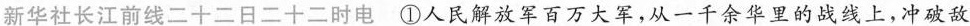
新华社长江前线二十二日二十二时电①人民解放军百万大军，从一千余华里的战线上，冲破敌